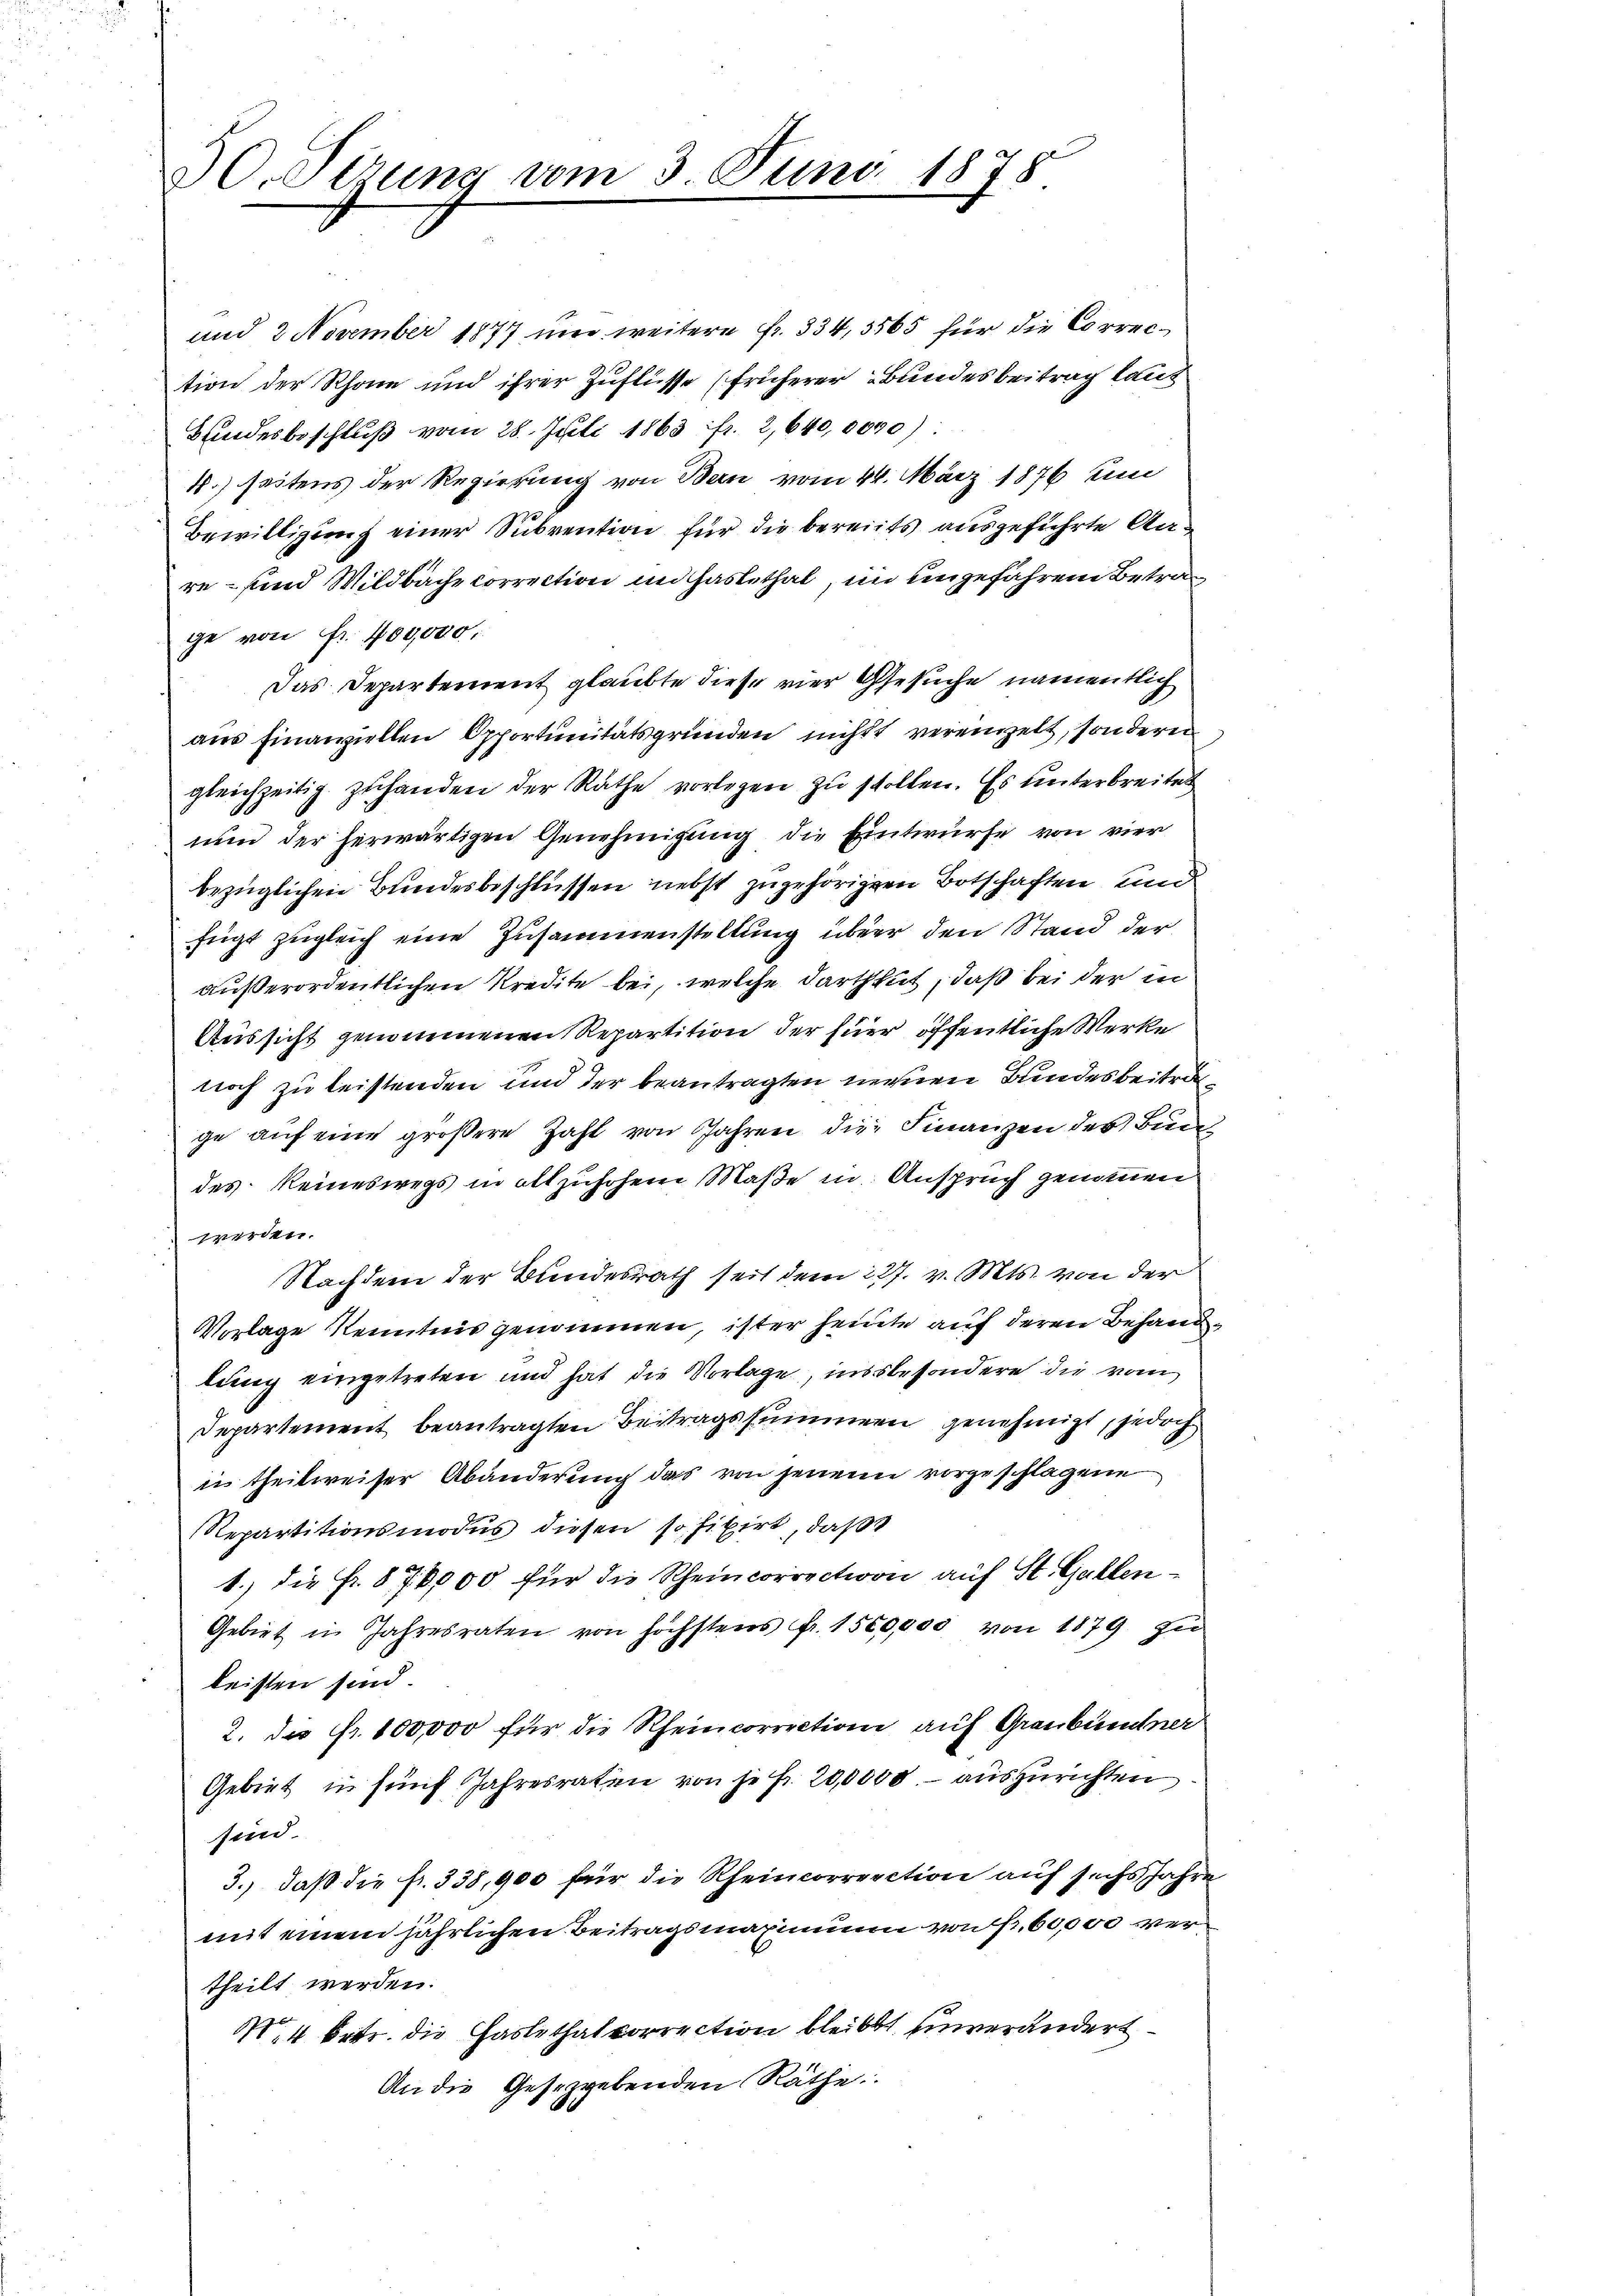
30. Verung vom 3. Juni 1878

und 2 November 1877 und weitere Fr. 334,3565 für die Correction der Rhone und ihrer Zuflüsse (früherer Bundesbeitrag laut
Bundesbeschluß vom 28. Juli 1863 fr. 2,640,0000)
4.) seitens der Regierung von Bern vom 24. März 1876 und
Bewilligung einer Subvention für die bereits ausgeführte Anre – sind Wildbache correction in Gastethal, im eingefahren Betrage von Fr. 400,000.
Das Departement glaubte diese vier Gesuche namentlich
aŭs Finanziellen Opportŭnitätsgründen nicht vereinzelt, sondern
gleichzeitig zuhanden der Rathe vorlegen zu stollen. Es unterbreitet
nun der herwärtigen Genehmigung die Eintwürfe von vier
bezüglichen Bundesbeschlüssen nebst zugehörigen Botschaften und
fügt zugleich eine Zusammenstellung über den Stand der
außerordentlichen Kredite bei, welche darthut, daß bei der in
Aussicht genommenen Repartition der füer öffentliche Werke
noch zu leistenden und der beantragten neuen Bundesbeitra
ge aŭf eine grossere Zahl von Jahren die Finanzen des Bundes Reineswegs in allzuhohen Maße in Anspruch genommen
werden.
Nachdem der Bundesrath seit dem 227. v. Mts. von der
Vorlage Kenntnis genommen, ister heute auf deren Behandlung eingetreten und hat die Vorlage, insbesondere die vom
Departement beantragten Beitragssummern genehmigt, jedoch
in theilweiser Abänderung das von jenem vorgeschlagene
Repartitionsmodus diesen so fixirt, daß
1.) die Fr. 870,000 für die Rheincorrection auf St. Gallen¬
Gebiet in Jahresraten von höchstens Fr. 1500,000 von 1879 zu
leisten sind.
2. die Fr. 100,000 für die Rheincorrection auf Graubündner
Gebiet in fünf Jahresraten von je fr. 20,0000.- auszurichten
sind.
3.) daß die fr. 338, 900 für die Rheincorrection auf sechs Jahre
mit einem jährlichen Beitragsmaximum von Nr. 60,000 vertheilt werden.
M 4 betr. die Haslethalvorrection bleibt einverändert
An die Gesezgebenden Räthe.